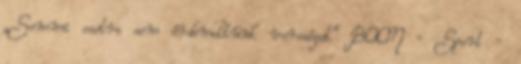
„Semmi esetre sem érdemeltünk vereséget” BOON - Sport -